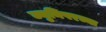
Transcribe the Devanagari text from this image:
ज्युनिपरच्या